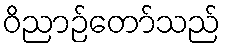
ဝိညာဉ်တော်သည်